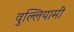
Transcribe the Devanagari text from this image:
वुल्लियामी